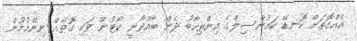
އެއްގޮތަށް ކޮނޑޭ ކައުންސިލްގެ އިންތިހާބު ދެން ބާއްވާނީ ކޯޓުން ވަކި ގޮތެއް ނިންމުމުން